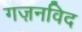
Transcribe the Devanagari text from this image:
गज़नविद